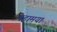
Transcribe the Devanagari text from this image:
महामया